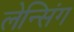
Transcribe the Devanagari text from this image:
लेन्सिंग